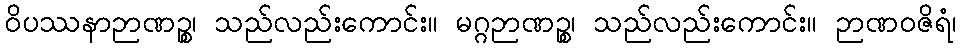
ဝိပဿနာဉာဏဉ္စ၊ သည်လည်းကောင်း။ မဂ္ဂဉာဏဉ္စ၊ သည်လည်းကောင်း။ ဉာဏဝဇိရံ၊